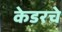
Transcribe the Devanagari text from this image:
केडरचे